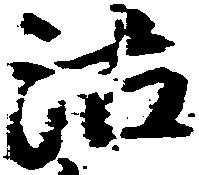
沽